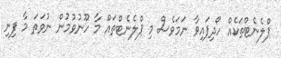
ޕްލެނެޓްތަކެއް ހޯދިފައިވާ ނަމަވެސް މި ޕްލެނެޓްތައް މާ ހޫނުވުމުން ނުވަތަ މާ ފިނި